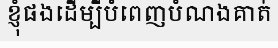
ខ្ញុំផងដើម្បីបំពេញបំណងគាត់